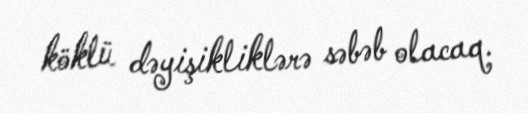
köklü dəyişikliklərə səbəb olacaq.